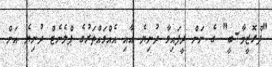
"ޕްރޮޒީމާ-ބީ" ގެ ނަން ދީފައިވާ ދުނިޔެ އާއި އެއްވައްތަރުގެ ޕްލެނެޓް ދުނިޔެ އަށް